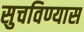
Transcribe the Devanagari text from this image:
सुचविण्यास